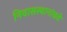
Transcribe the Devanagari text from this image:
निवासस्थानांकडे